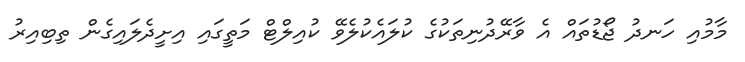
މާމުއި ހަނދު ޖޯޑުތައް އެ ވާރޭދުނިތަކުގެ ކުލައެކުލެވޭ ކުއިލްޓް މަތީގައި އިށީދެލައިގެން ތިބިއިރު